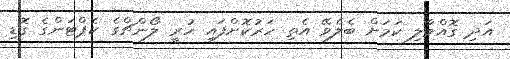
އަދި ގޮއްވާލި ކަމަށް ބެލެވޭ އެތި ހަރުކޮށްފައި ހުރީ ލޯންޗްގެ ކެޕްޓަންގެ ގޮޑި